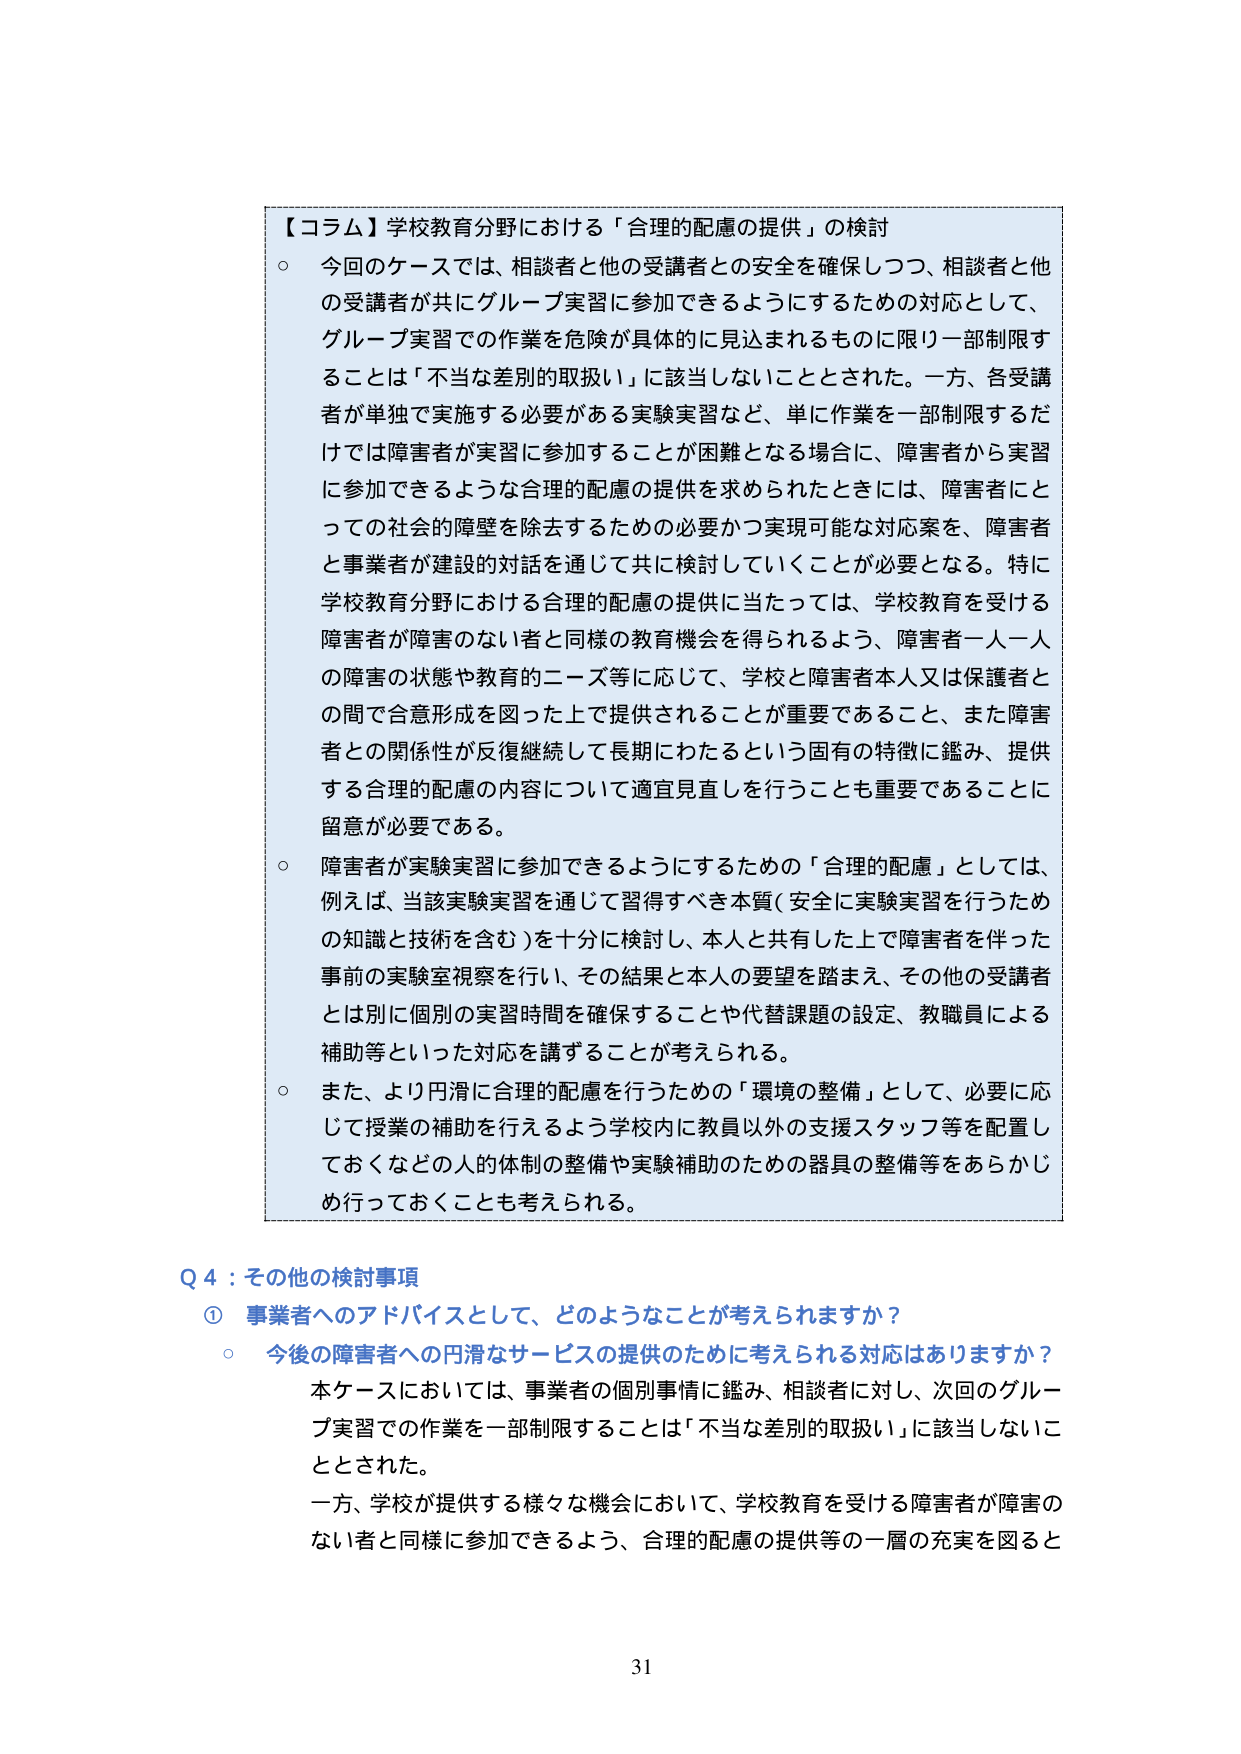
【コラム】学校教育分野における「合理的配慮の提供」の検討
○ 今回のケースでは、相談者と他の受講者との安全を確保しつつ、相談者と他の受講者が共にグループ実習に参加できるようにするための対応として、グループ実習での作業を危険が具体的に見込まれるものに限り一部制限することは「不当な差別的取扱い」に該当しないこととされた。一方、各受講者が単独で実施する必要がある実験実習など、単に作業を一部制限するだけでは障害者が実習に参加することが困難となる場合に、障害者から実習に参加できるような合理的配慮の提供を求められたときには、障害者にとっての社会的障壁を除去するための必要かつ実現可能な対応案を、障害者と事業者が建設的対話を通じて共に検討していくことが必要となる。特に学校教育分野における合理的配慮の提供に当たっては、学校教育を受ける障害者が障害のない者と同様の教育機会を得られるよう、障害者一人一人の障害の状態や教育的ニーズ等に応じて、学校と障害者本人又は保護者との間で合意形成を図った上で提供されることが重要であること、また障害者との関係性が反復継続して長期にわたるという固有の特徴に鑑み、提供する合理的配慮の内容について適宜見直しを行うことも重要であることに留意が必要である。
○ 障害者が実験実習に参加できるようにするための「合理的配慮」としては、例えば、当該実験実習を通じて習得すべき本質（安全に実験実習を行うための知識と技術を含む）を十分に検討し、本人と共有した上で障害者を伴った事前の実験室視察を行い、その結果と本人の要望を踏まえ、その他の受講者とは別に個別の実習時間を確保することや代替課題の設定、教職員による補助等といった対応を講ずることが考えられる。
○ また、より円滑に合理的配慮を行うための「環境の整備」として、必要に応じて授業の補助を行えるよう学校内に教員以外の支援スタッフ等を配置しておくなどの人的体制の整備や実験補助のための器具の整備等をあらかじめ行っておくことも考えられる。

Q 4：その他の検討事項
① 事業者へのアドバイスとして、どのようなことが考えられますか？
○ 今後の障害者への円滑なサービスの提供のために考えられる対応はありますか？
　本ケースにおいては、事業者の個別事情に鑑み、相談者に対し、次回のグループ実習での作業を一部制限することは「不当な差別的取扱い」に該当しないこととされた。
　一方、学校が提供する様々な機会において、学校教育を受ける障害者が障害のない者と同様に参加できるよう、合理的配慮の提供等の一層の充実を図ると

31